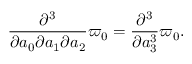
\frac { \partial ^ { 3 } } { \partial a _ { 0 } \partial a _ { 1 } \partial a _ { 2 } } \varpi _ { 0 } = \frac { \partial ^ { 3 } } { \partial a _ { 3 } ^ { 3 } } \varpi _ { 0 } .